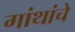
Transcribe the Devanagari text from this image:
गांथांचे